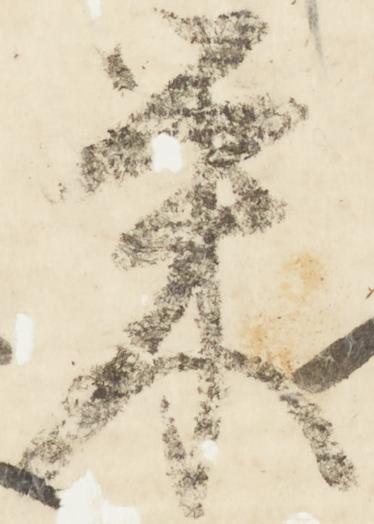
栄